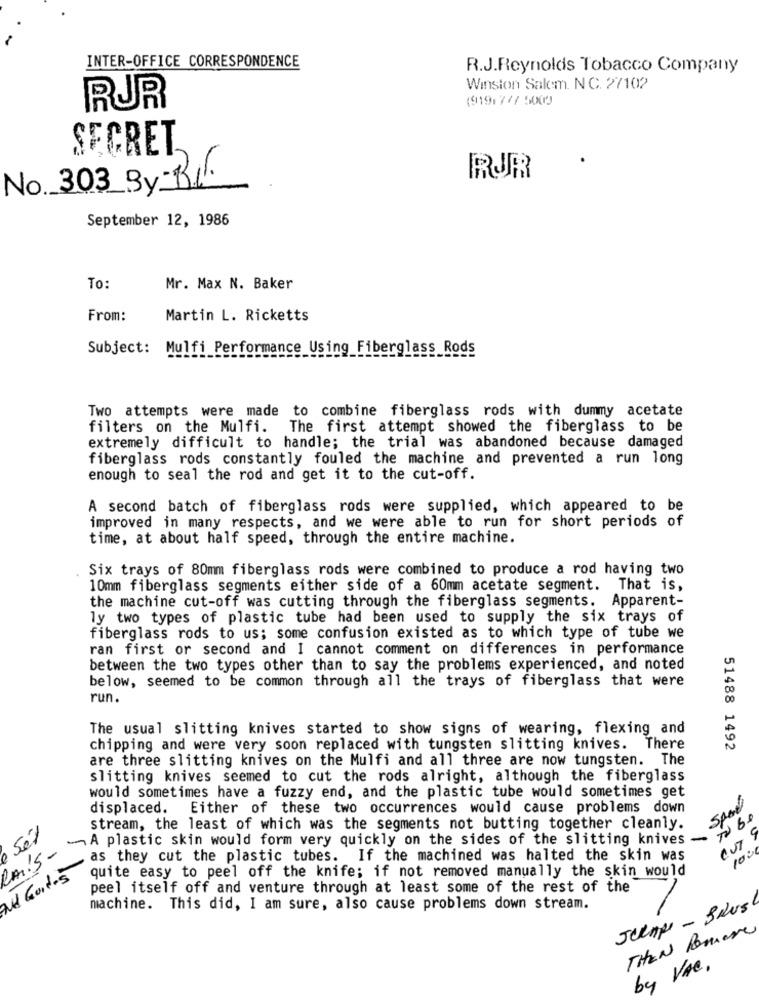
INTER-OFFICE CORRESPONDENCE
R.J.Reynolds Tobacco Company
Winston Salem. N C. 27102
(919:777 5003
RUR
SECRET
RUR
No. 303 By Bil.
September 12, 1986
To:
Mr. Max N. Baker
From:
Martin L. Ricketts
Subject:
Mulfi Performance Using Fiberglass Rods
Two attempts were made to combine fiberglass rods with dummy acetate
filters on the Mulfi.
The first attempt showed the fiberglass to be
extremely difficult to handle; the trial was abandoned because damaged
fiberglass rods constantly fouled the machine and prevented a run long
enough to seal the rod and get it to the cut-off.
A second batch of fiberglass rods were supplied, which appeared to be
improved in many respects, and we were able to run for short periods of
time, at about half speed, through the entire machine.
Six trays of 80mm fiberglass rods were combined to produce a rod having two
10mm fiberglass segments either side of a 60mm acetate segment. That is,
the machine cut-off was cutting through the fiberglass segments. Apparent-
ly two types of plastic tube had been used to supply the six trays of
fiberglass rods to us; some confusion existed as to which type of tube we
ran first or second and I cannot comment on differences in performance
between the two types other than to say the problems experienced, and noted
below, seemed to be common through all the trays of fiberglass that were
run.
The usual slitting knives started to show signs of wearing, flexing and
chipping and were very soon replaced with tungsten slitting knives. There
51488 1492
are three slitting knives on the Mulfi and all three are now tungsten. The
slitting knives seemed to cut the rods alright, although the fiberglass
would sometimes have a fuzzy end, and the plastic tube would sometimes get
displaced.
Either of these two occurrences would cause problems down
stream, the least of which was the segments not butting together cleanly.
- A plastic skin would form very quickly on the sides of the slitting knives -
Caris-
100
as they cut the plastic tubes. If the machined was halted the skin was
Gordes
quite easy to peel off the knife; if not removed manually the skin would
peel itself off and venture through at least some of the rest of the
machine. This did, I am sure, also cause problems down stream.
JULAPI - BRUS
THEN Remove
by VAC,